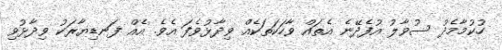
ހުކުމާމެދު ސުވާލު އުފެދޭނެ އެތައް ވާހަކަތަކެއް ވިދާޅުވެފަ އެވެ. އެއް ފަނޑިޔާރަކު ވިދާޅުވި